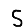
Digit: 5